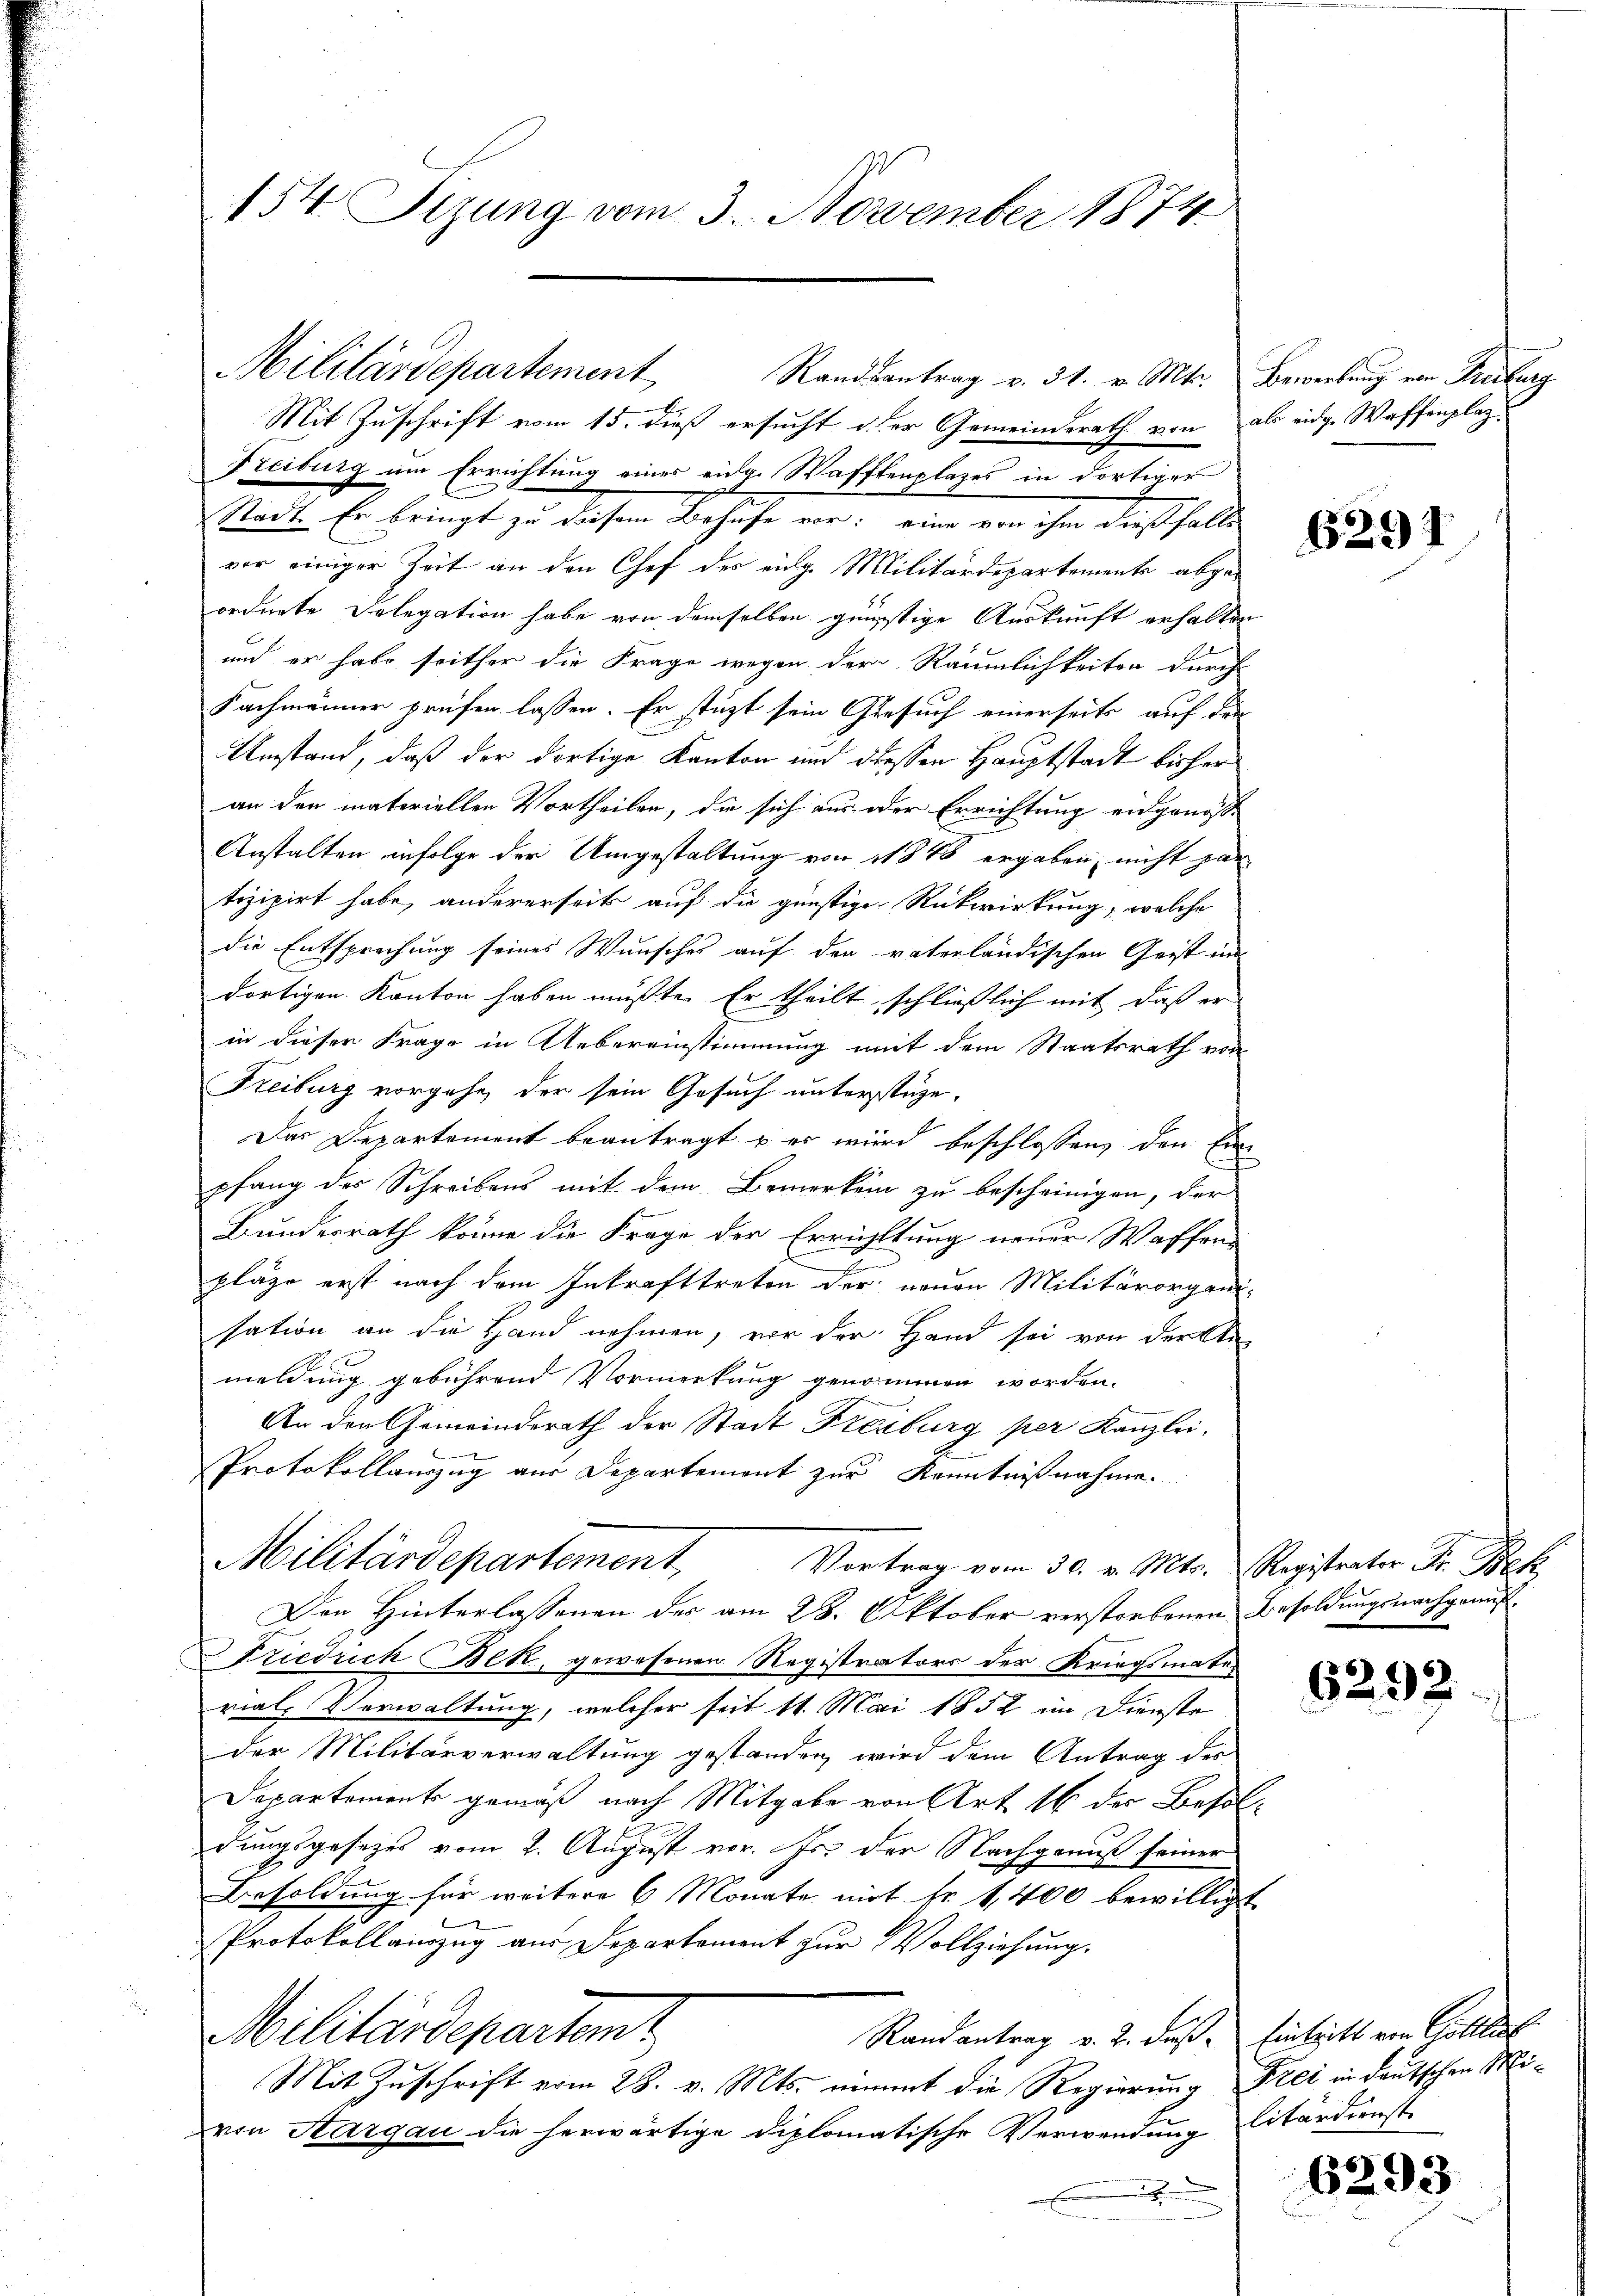
154. Sizung vom 3. November 1874

Militärdepartement Randsantrag v. 31. v. Mts. Bewerbung von Freiburg
Mit Zuschrift vom 15. dieß ersucht der Gemeinderath von als eidge Waffenplaz
Freiburg um Errichtung eines eidge Wafftenplazes in dortiges
Stadt. Er bringt zu diesem Behufe vor; eine von ihm dießfalls
vor einiger Zeit an den Chef des eidg. Militärdepartemente abgeordnete Delegation habe von demselben günstige Auskunft erhalten
und er habe seither die Frage wegen der Räumlichkeiten durch
Fachmänner prüfen lassen. Er stützt sein Gesuch einerseits auf den
Umstand, daß der dortige Kanton und diesen Hauptstadt bisher
an den materiellen Vortheilen, die sich aus oder Errichtung eidgenosse
Anstalten infolge der Umgestaltung von 1848 ergaben, nicht par
tizipirt habe, andererseits auf die günstiger Rückwirkung, welche
die Entsprechung seines Wunsches auf den vaterländischen Geist im
dortigen Kanton haben mußte. Er theilt schließlich mit, daß er
in dieser Frage in Uebereinstimmung mit dem Staatsrath von
Freiburg vorgehe, der sein Gesuch unterstüze.
Das Departement beantragt u es wird beschlossen, den Ein
pfang des Schreibens mit dem Bemerken zu bescheinigen, der
Bundesrath könne die Frage der Errichtung neuer Waffen
.
pläge erst nach dem Inkrafttreten der neuen Militärorgani-
sation an die Hand nehmen, vor der Hand sei von der An-
meldung gebührend Vormerkung genommen worden.
An den Gemeinderath der Stadt Freiburg per Kanzlei-

Protokollauszug aus Departement zur Kenntnißnahme.
Militärdepartement. Vortrag vom 30. v. Mts. Registrator Fr. Bek
Den Hinterlassenen des am 28. Oktober verstorbenen Besoldungsnachgemus
Friedrich Bek, gewesenen Registrators der Kriegsmaterial-Verwaltung, welcher seit 11. Mai 1852 im Dienste
der Militärverwaltung gestanden wird dem Antrag des
Departements gemäß nach Mitgabe von Art. 16 der Besoldungsgesezes vom 2. August vor. Js. der Nachgenuß seiner
Besoldung für weitere 6 Monate mit Fr. 1,400 bewilligt
Protokollauszug aus Departement zur Vollziehung.
Militärdepartem t
Randantrag v. 2. Fuß. Eintritt von Collerl
Mit Zuschrift vom 28. v. Mts. nimmt die Regierung Frei in deutschen Mivon Sargau die herwärtige diplomatische Verwendung litärdienste
x

6291

6292

6293